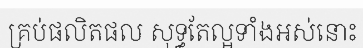
គ្រប់ផលិតផល សុទ្ធតែល្អទាំងអស់នោះ